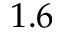
1 . 6